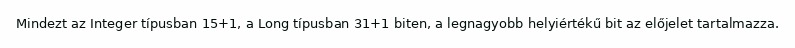
Mindezt az Integer típusban 15+1, a Long típusban 31+1 biten, a legnagyobb helyiértékű bit az előjelet tartalmazza.